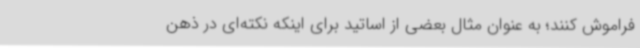
فراموش کنند؛ به عنوان مثال بعضی از اساتید برای اینکه نکته‌ای در ذهن